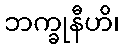
ဘက္ခုနီဟိ၊